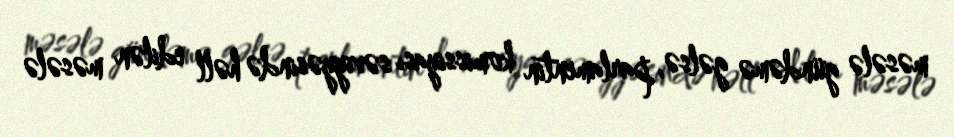
məsələ gündəmə gəlsə, parlamentin komissiyası səviyyəsində həll edilən məsələ